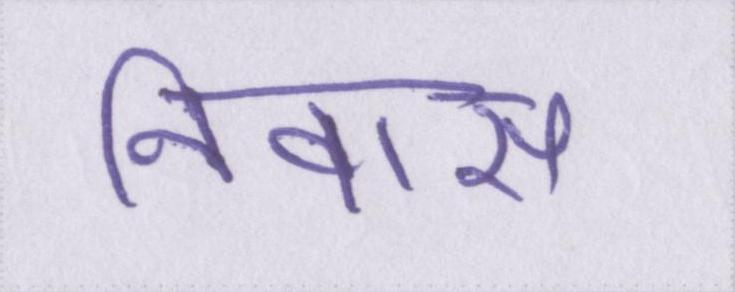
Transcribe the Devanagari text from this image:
निवास